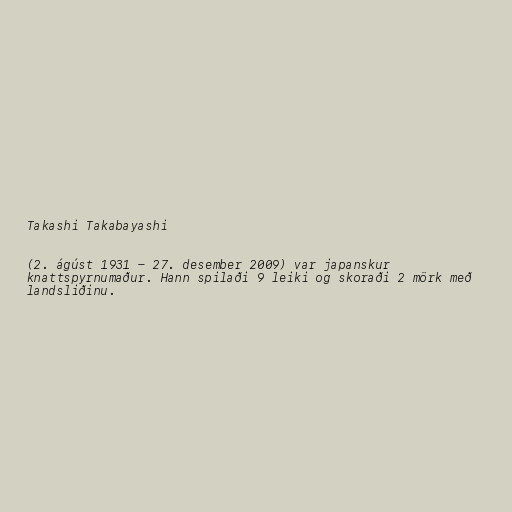
Takashi Takabayashi

(2. ágúst 1931 - 27. desember 2009) var japanskur
knattspyrnumaður. Hann spilaði 9 leiki og skoraði 2 mörk með
landsliðinu.